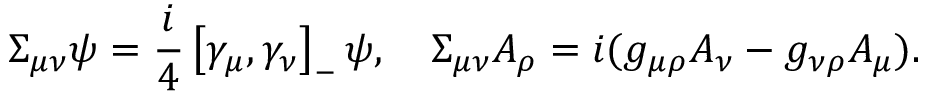
\Sigma _ { \mu \nu } \psi = \frac { i } { 4 } \left[ \gamma _ { \mu } , \gamma _ { \nu } \right] _ { - } \psi , \quad \Sigma _ { \mu \nu } A _ { \rho } = i ( g _ { \mu \rho } A _ { \nu } - g _ { \nu \rho } A _ { \mu } ) .